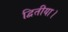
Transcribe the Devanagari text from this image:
द्वितीया।